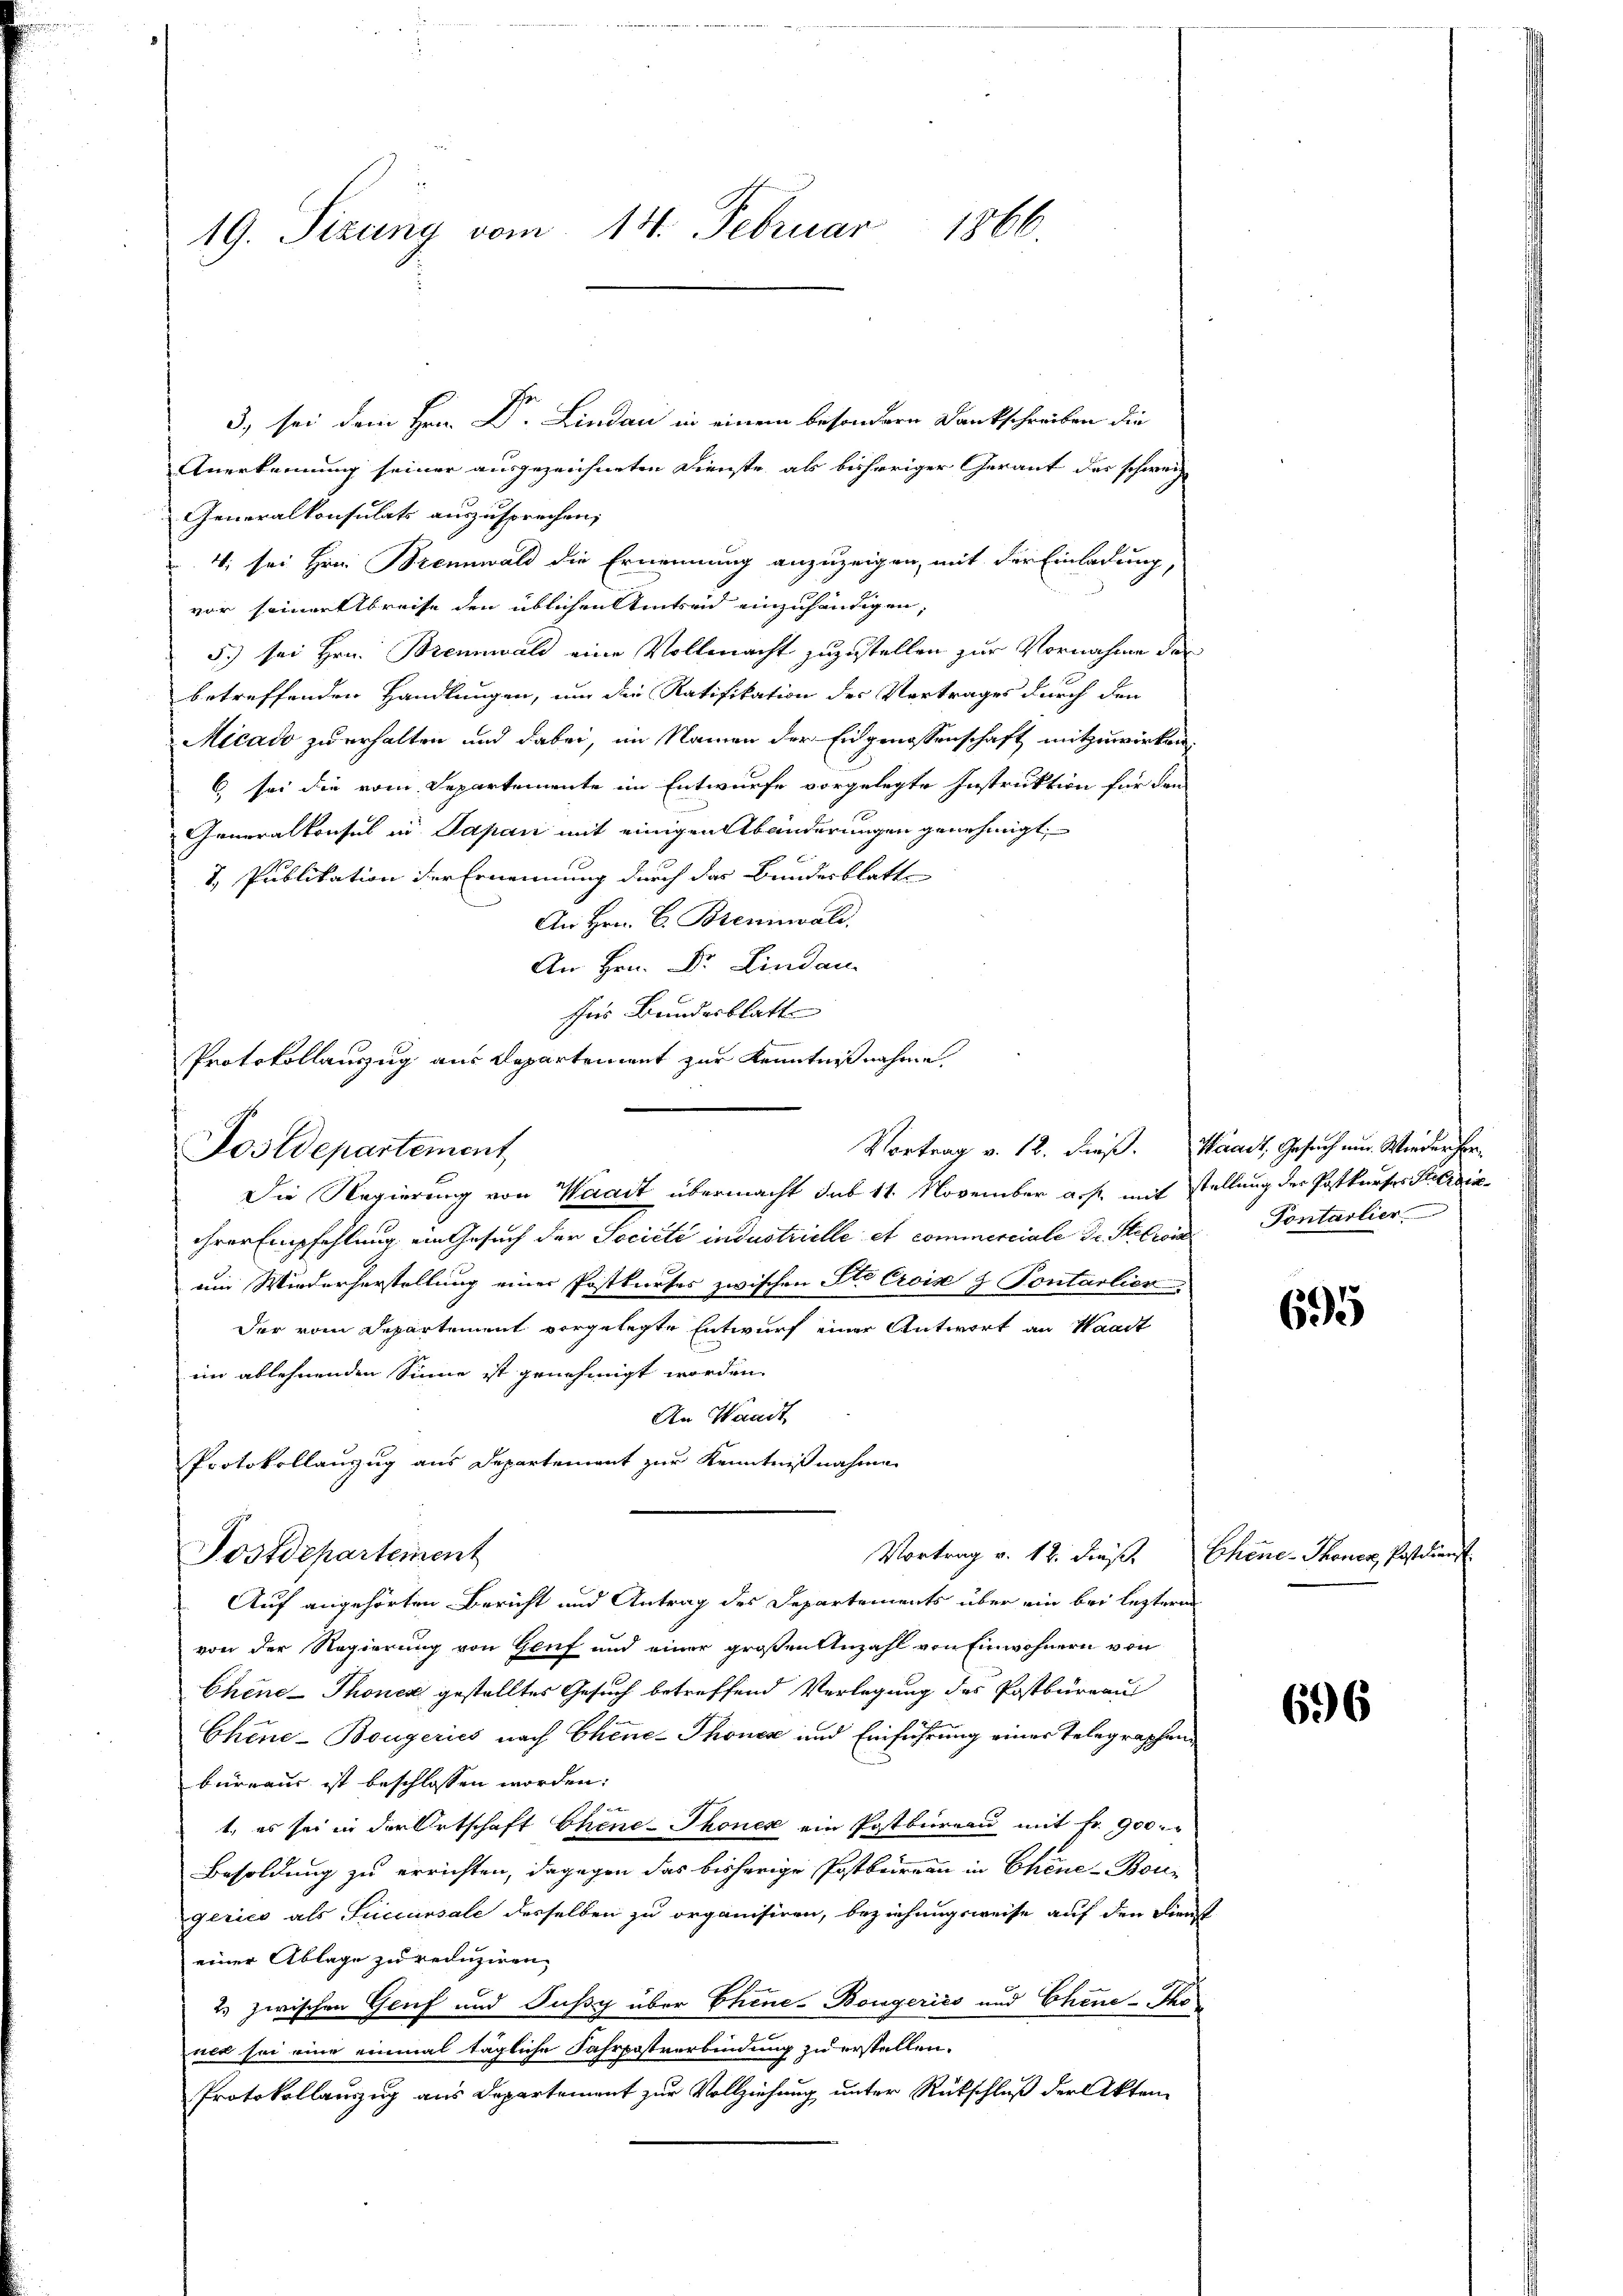
19. Sizung vom 14. Februar 1866.

3) sei dem Hrn. Dr. Lindau in einem besondere Dankschreiben die
Anerkennung seiner ausgezeichneten Dienste als bisheriger Gerant des schweiz
Generalkonsulats auszusprechen,
4; sei Hrn. Brennwald die Ernennung anzuzeigen, mit der Einladung,
vor seiner breise den üblichen Amtseid einzuhändigen,
5) sei Hrn. Brennwald eine Vollmacht zuzustellen zur Vornahme der
betreffenden Handlungen, um die Ratifikation der Vortrages durch den
Micado zu erhalten und dabei, im Namen der Eingenossenschaft mitzuwirken,
6 sei die vom Separtemente im Entwurfe vorgelegte Instruktion für dan
Generalkonsul in Japan mit einigen Abänderungen genehmigt
7. Publikation der Ernennung durch das Bundesblatte
An Hrn. C. Brennwald.
An Hrn. Dr. Lindau
Ins Bundesblatt
Protokollauszug aus Departement zur Kenntnißnahme
Posdepartement,
Die Regierung von Waadt übermacht sub 11. November a. f. mit stellung des Postkurses Preisihrer Empfehlung ein Gesuch der Société industrielle et commerciale dr. Stellen Pontalier
ein Wiederherstellung einer Postkurses zwischen Ste Crois u Pontarlier
Der vom Departement vorgelegte Entwurf einer Antwort an Waadt
im ablehnenden Sinne ist genehmigt worden.
An Waadt
Protokollanzug aus Departement zur Kenntnißnahme
Vortrag v. 12. dieß. Ehene - Thoner, Postdienst
Postdepartement
Auf angehörten Bericht und Antrag des Departements über ein bei lezteren
von der Regierung von Genf und einer großen Anzahl von Einwohnern von
Chine-Thonen gestelltes Gesuch betreffend Verlegung des Postbureau
Chine-Bougeries nach Chine-Thones und Einführung eines Telegraphenbureaus ist beschlossen worden.
e
t, es sei in der Ortschaft Chene - Thonek ein Postbureau mit Fr. 900
Besoldung zu errichten, dagegen das bisherige Postbureau in Chine-Bougerico als Succursale desselben zu organisiren, beziehungsweise auf den Dienst
einer Ablage zu reduziren.
2.) zwischen Genf und Fussy über Ehene Bougerico und Chine-Tho
ner sei eine einmal tägliche Fahrpostverbindung zu erstellen.
Protokollauszug aus Departement zur Vollziehung unter Rückschluß der Akten

Vortrag v. 12. dieß. Waadt, Gesuch um Wieder her¬

695

696